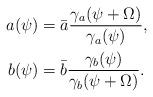
LaTeX: \begin{align*} a(\psi) &= {\bar a} \frac{\gamma_a(\psi + \Omega)}{\gamma_a(\psi)}, \\ b(\psi) &= {\bar b} \frac{\gamma_b(\psi)}{\gamma_b(\psi + \Omega)}. \\ \end{align*}